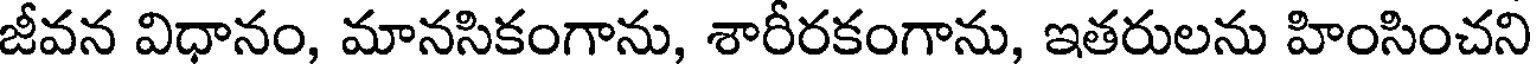
జీవన విధానం, మానసికంగాను, శారీరకంగాను, ఇతరులను హింసించని